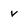
Character: v